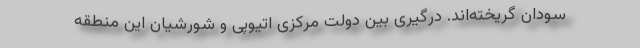
سودان گریخته‌اند. درگیری بین دولت مرکزی اتیوپی و شورشیان این منطقه